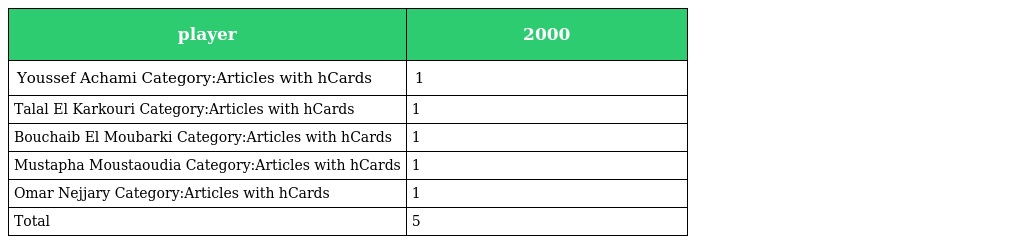
| player | 2000 |
 | --- | --- |
 | Youssef Achami Category:Articles with hCards | 1 |
 | Talal El Karkouri Category:Articles with hCards | 1 |
 | Bouchaib El Moubarki Category:Articles with hCards | 1 |
 | Mustapha Moustaoudia Category:Articles with hCards | 1 |
 | Omar Nejjary Category:Articles with hCards | 1 |
 | Total | 5 |